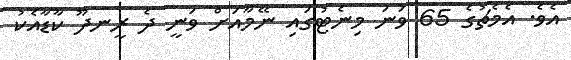
އެވެ. އެމެޗުގެ 65 ވަނަ މިނެޓުގައި ނޭމާއަށް ވަނީ ދެ ރީނދޫ ކާޑާއެކު